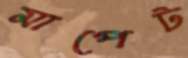
মাপেট